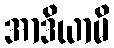
အာဒိယာမိ